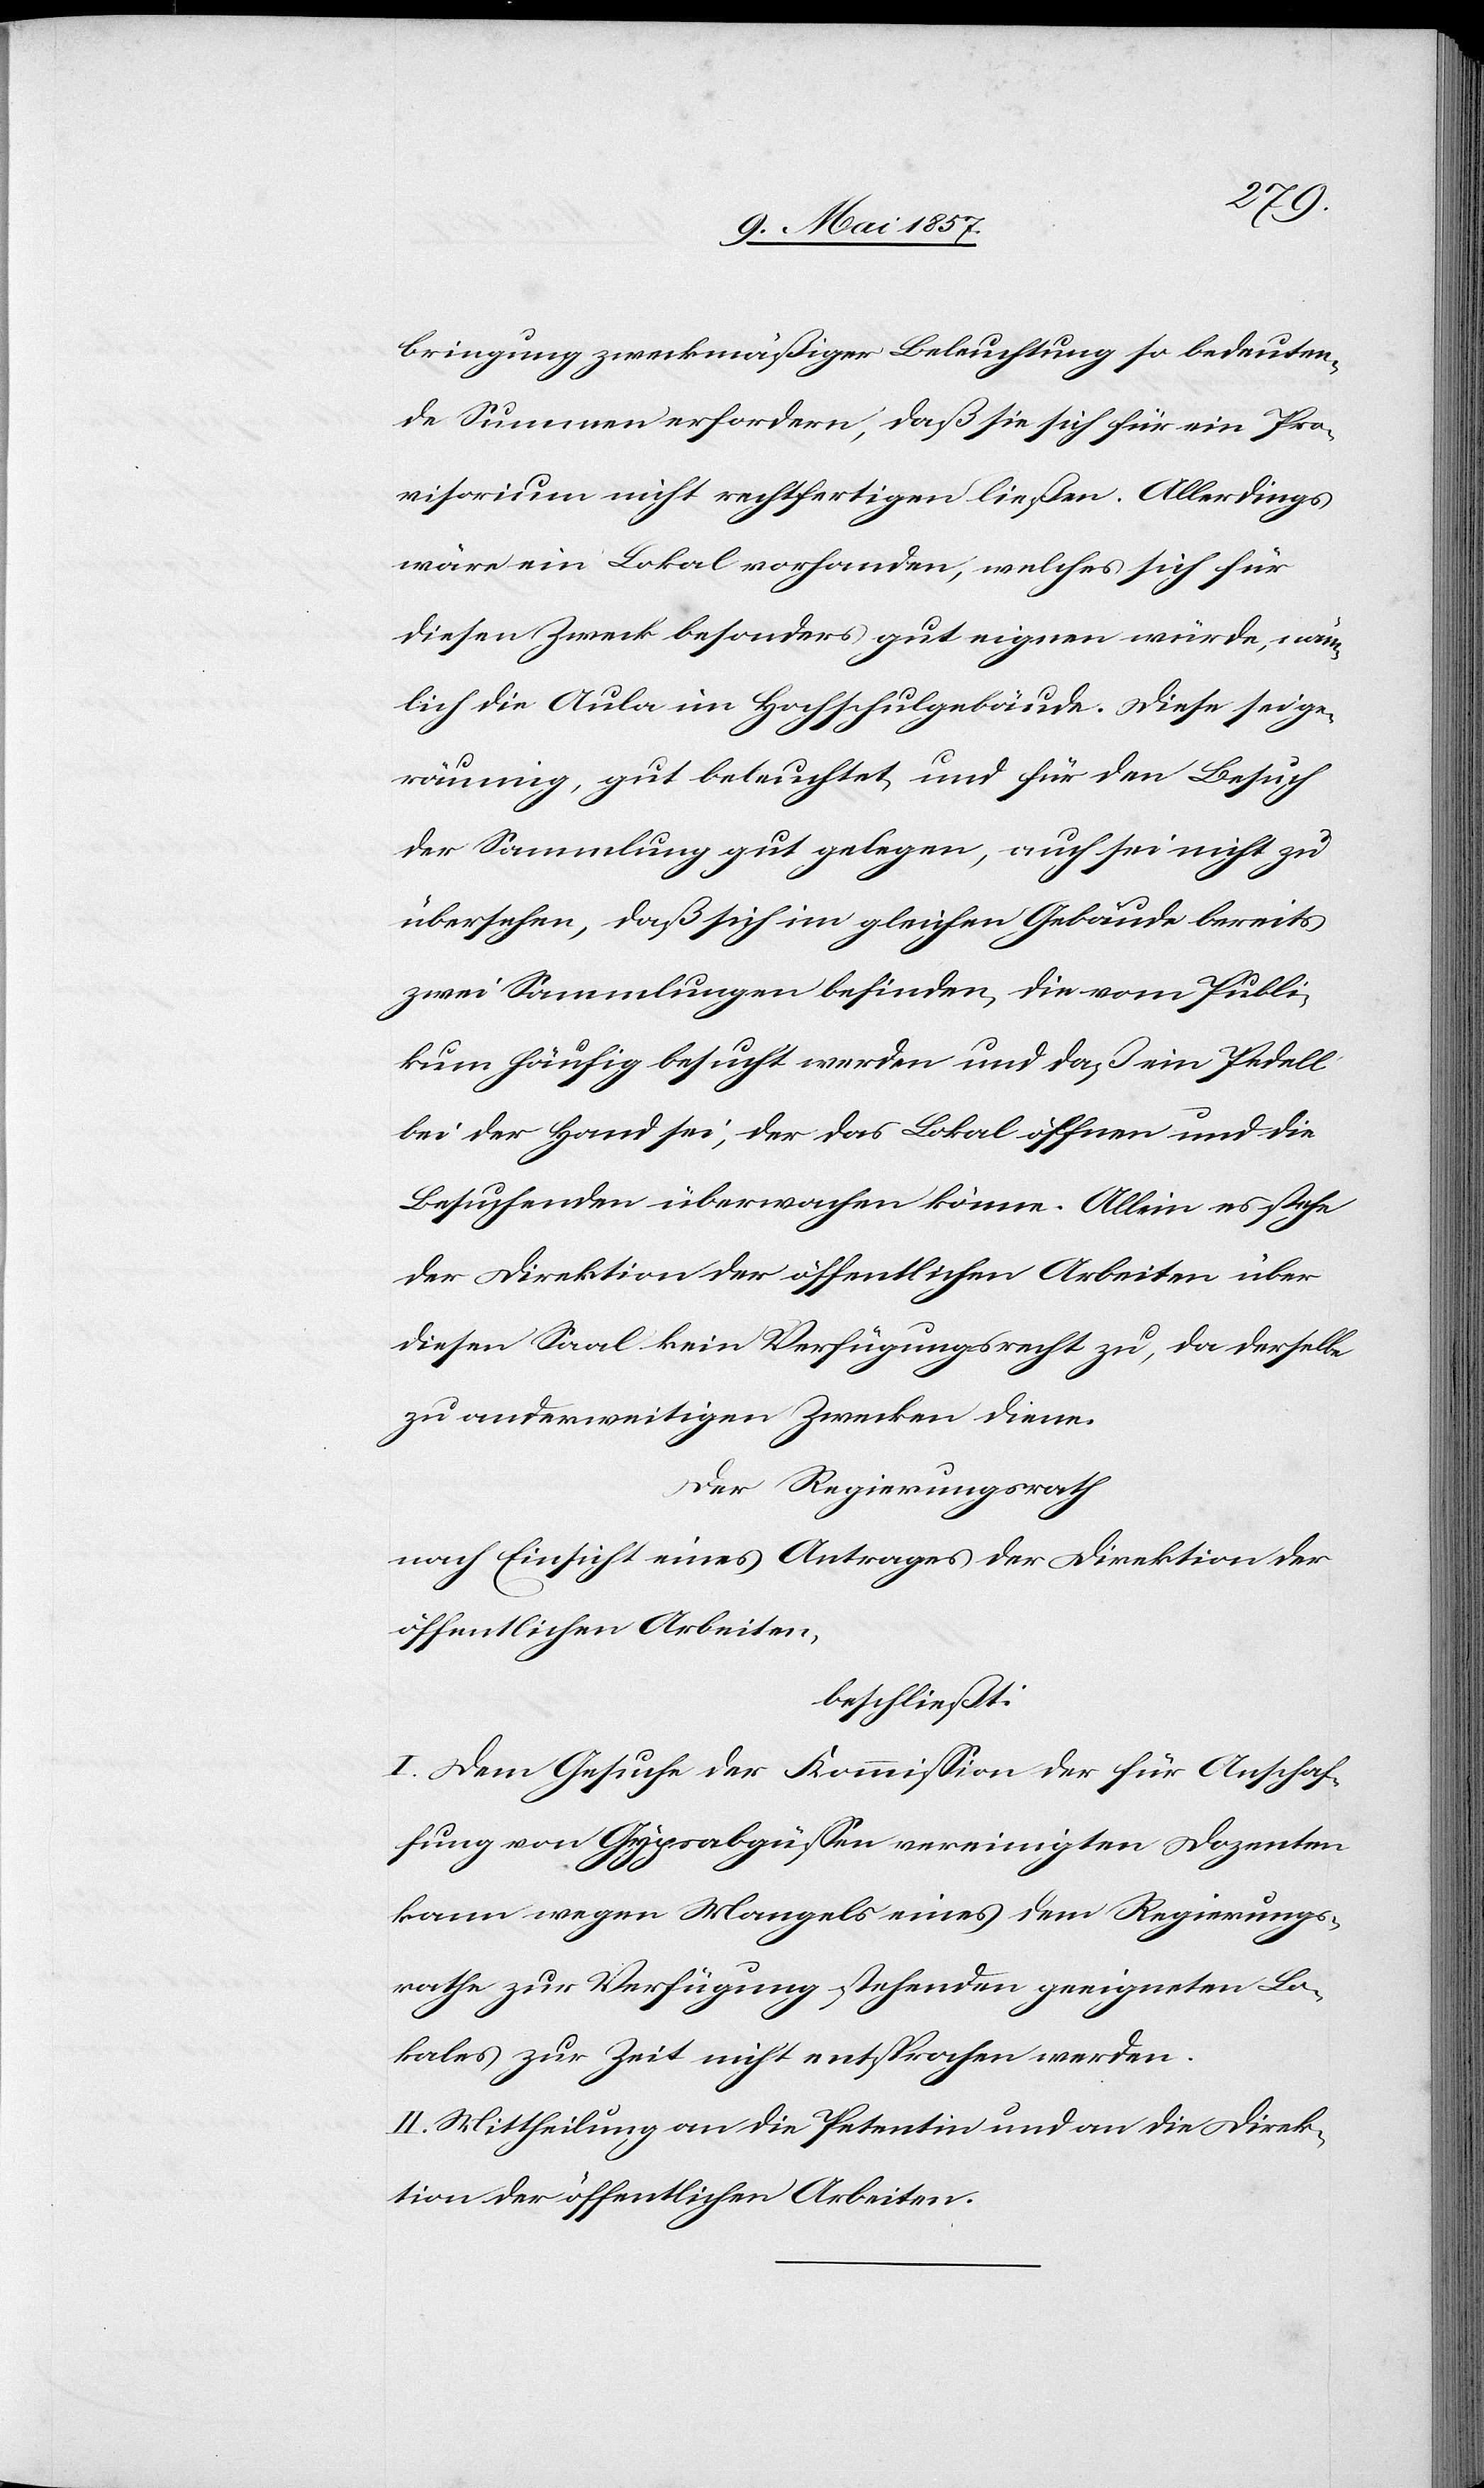
bringung zweckmäßiger Beleuchtung so bedeuten¬
de Summen erfordern, daß sie sich für ein Pro¬
visorium nicht rechtfertigen ließen. Allerdings
wäre ein Lokal vorhanden, welches sich für
diesen Zweck besonders gut eignen würde, näm¬
lich die Aula im Hochschulgebäude. Diese sei ge¬
räumig, gut beleuchtet und für den Besuch
der Sammlung gut gelegen, auch sei nicht zu
übersehen, daß sich im gleichen Gebäude bereits
zwei Sammlungen befinden, die vom Publi¬
kum häufig besucht werden und daß ein Pedell
bei der Hand sei, der das Lokal öffnen und die
Besuchenden überwachen könne. Allein es stehe
der Direktion der öffentlichen Arbeiten über
diesen Saal kein Verfügungsrecht zu, da derselbe
zu anderweitigen Zwecken diene.
Der Regierungsrath
nach Einsicht eines Antrages der Direktion der
öffentlichen Arbeiten,
beschließt:
I. Dem Gesuche der Kommission der für Anschaf¬
fung von Gypsalgüßen vereinigten Dozenten
kann wegen Mangels eines dem Regierungs¬
rathe zur Verfügung stehenden geeigneten Lo¬
kales zur Zeit nicht entsprochen werden.
II. Mittheilung an die Petentin und an die Direk¬
tion der öffentlichen Arbeiten.